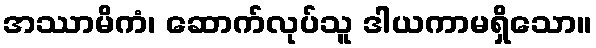
အဿာမိကံ၊ ဆောက်လုပ်သူ ဒါယကာမရှိသော။